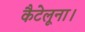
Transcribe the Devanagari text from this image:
कैटेलूना।